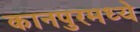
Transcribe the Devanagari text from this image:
कानपुरमध्ये